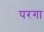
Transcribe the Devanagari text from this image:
परगा